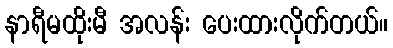
နာရီမထိုးမီ အလန်း ပေးထားလိုက်တယ်။